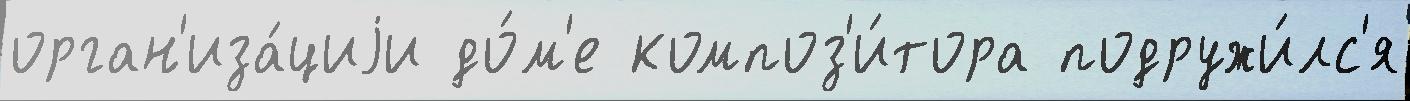
орган'иза́циjи до́м'е композ'и́тора подружи́лс'я